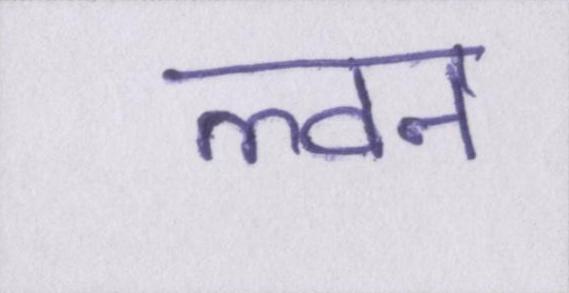
ल्वन